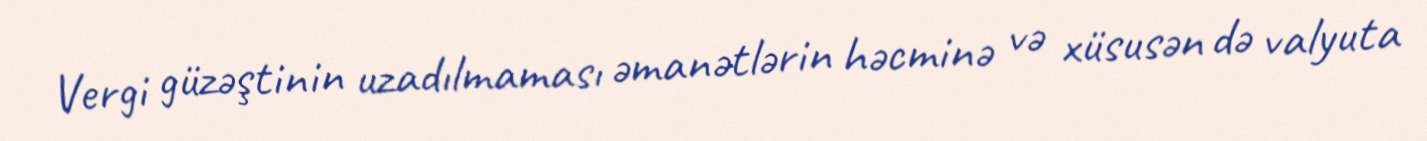
Vergi güzəştinin uzadılmaması əmanətlərin həcminə və xüsusən də valyuta